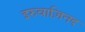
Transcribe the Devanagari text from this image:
इरुवाज़िनद